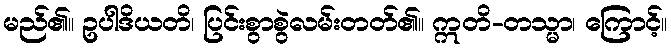
မည်၏။ ဥပါဒိယတိ၊ ပြင်းစွာစွဲလမ်းတတ်၏။ ဣတိ-တသ္မာ၊ ကြောင့်။